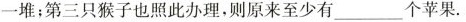
一堆；第三只猴子也照此办理，则原来至少有___个苹果。